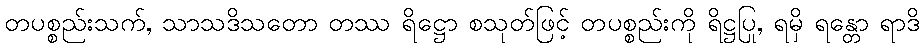
တပစ္စည်းသက်, သာသဒိသတော တဿ ရိဋ္ဌော စသုတ်ဖြင့် တပစ္စည်းကို ရိဋ္ဌပြု, ရမှိ ရန္တော ရာဒိ